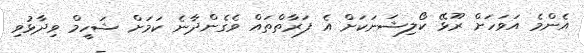
އެންމެ އަވަހަށް ރޫޅޭ ކޯލިޝަނަކަށް އެ ފަރާތްތައް ވެގެންދާނެ ކަމަށް ޝަހީމް ވިދާޅުވި